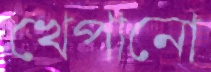
খেপানো